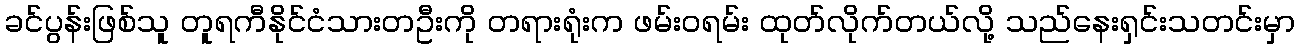
ခင်ပွန်းဖြစ်သူ တူရကီနိုင်ငံသားတဦးကို တရားရုံးက ဖမ်းဝရမ်း ထုတ်လိုက်တယ်လို့ သည်နေးရှင်းသတင်းမှာ